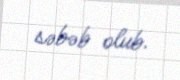
səbəb olub.